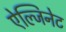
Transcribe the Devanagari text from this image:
ऐल्जिनेट